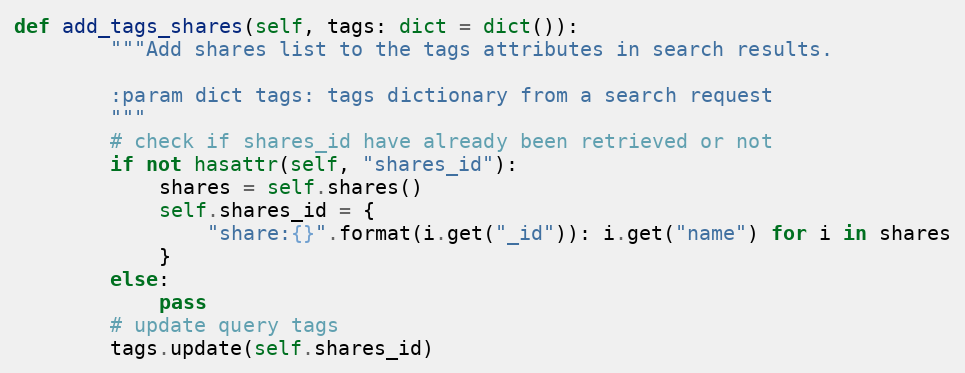
Language: Python
def add_tags_shares(self, tags: dict = dict()):
        """Add shares list to the tags attributes in search results.

        :param dict tags: tags dictionary from a search request
        """
        # check if shares_id have already been retrieved or not
        if not hasattr(self, "shares_id"):
            shares = self.shares()
            self.shares_id = {
                "share:{}".format(i.get("_id")): i.get("name") for i in shares
            }
        else:
            pass
        # update query tags
        tags.update(self.shares_id)